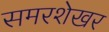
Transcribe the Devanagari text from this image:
समरशेखर